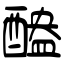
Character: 醠